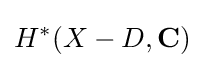
H^{*}(X-D,\mathbf {C} )